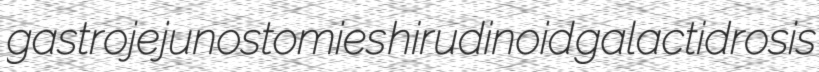
gastrojejunostomies hirudinoid galactidrosis